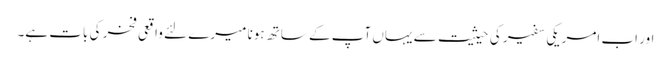
اور اب امریکی سفیر کی حیثیت سے یہاں آپ کے ساتھ ہونا میرے لئے واقعی فخر کی بات ہے۔